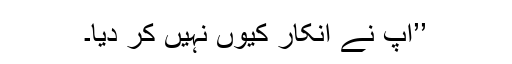
’’آپ نے انکار کیوں نہیں کر دیا۔